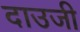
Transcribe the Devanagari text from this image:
दाउजी